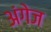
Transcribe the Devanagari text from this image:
अंगेज